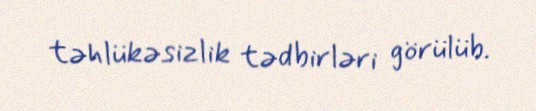
təhlükəsizlik tədbirləri görülüb.